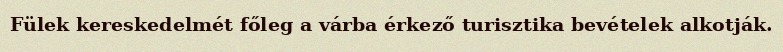
Fülek kereskedelmét főleg a várba érkező turisztika bevételek alkotják.